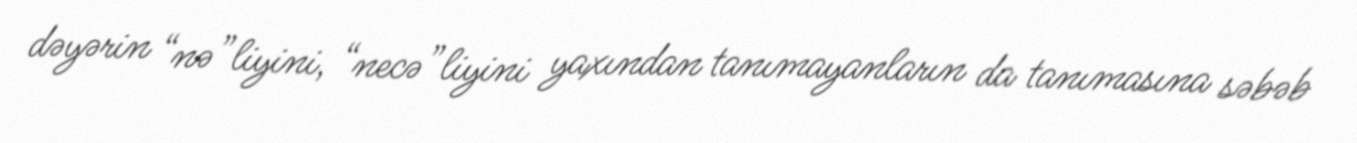
dəyərin “nə”liyini, “necə”liyini yaxından tanımayanların da tanımasına səbəb